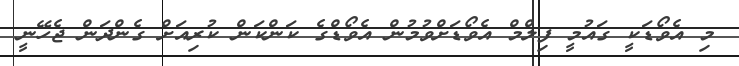
މި އެވޯޑަކީ ގައުމީ ފިލްމް އެވޯޑަށްވުމުން އެވޯޑްގެ ކަންކަން ކުރިއަށް ގެންދަން ޖެހޭނީ